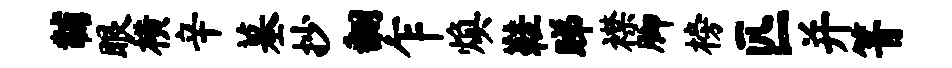
黼眼横辛墓抄翻乍焕鞋睇襟脚榜匹并箐